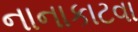
નાનાકાટવા